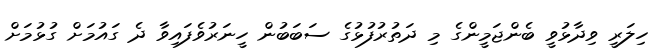
ހިލަރީ ވިދާޅުވީ ބެންޖަމީންގެ މި ދަތުރުފުޅުގެ ސަބަބުން ހީނަރުވެފައިވާ ދެ ގައުމަށް ގުޅުމަށް